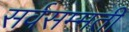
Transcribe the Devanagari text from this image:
सर्वसम्मती